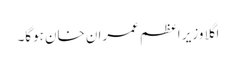
اگلا وزیر اعظم عمران خان ہوگا۔